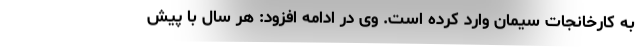
به کارخانجات سیمان وارد کرده است. وی در ادامه افزود: هر سال با پیش